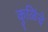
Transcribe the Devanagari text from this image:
कुळिंचे